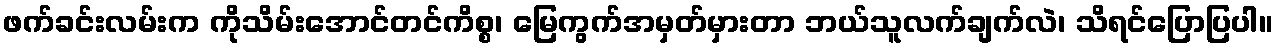
ဖက်ခင်းလမ်းက ကိုသိမ်းအောင်တင်ကိစ္စ၊ မြေကွက်အမှတ်မှားတာ ဘယ်သူလက်ချက်လဲ၊ သိရင်ပြောပြပါ။